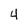
Character: 4